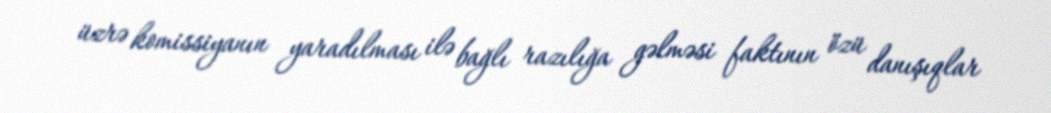
üzrə komissiyanın yaradılması ilə bağlı razılığa gəlməsi faktının özü danışıqlar